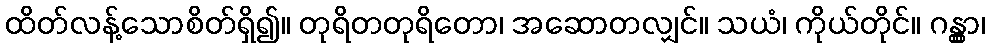
ထိတ်လန့်သောစိတ်ရှိ၍။ တုရိတတုရိတော၊ အဆောတလျှင်။ သယံ၊ ကိုယ်တိုင်။ ဂန္တွာ၊